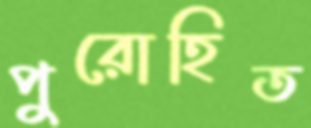
পুরোহিত